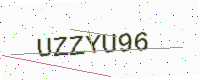
Text: UZZYU96